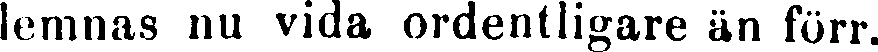
lemnas nu vida ordentligare än förr.